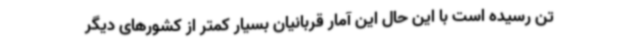
تن رسیده است با این حال این آمار قربانیان بسیار کمتر از کشورهای دیگر